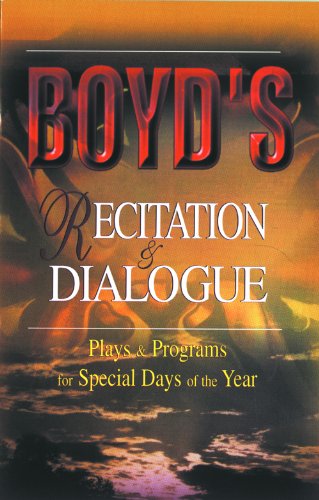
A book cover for Boyd's Recitation and Dialogue; Christian Books & Bibles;